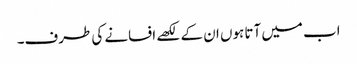
اب میں آتا ہوں ان کے لکھے افسانے کی طرف۔